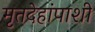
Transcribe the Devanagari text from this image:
मृतदेहांपाशी